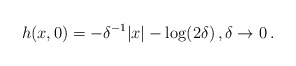
\begin{align*}h(x,0) = - \delta^{-1}|x| -\log(2\delta)\,,\delta \to 0\,. \end{align*}